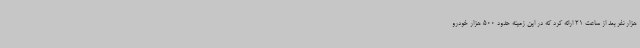
هزار نفر بعد از ساعت 21 ارائه کرد که در این زمینه حدود 500 هزار خودرو